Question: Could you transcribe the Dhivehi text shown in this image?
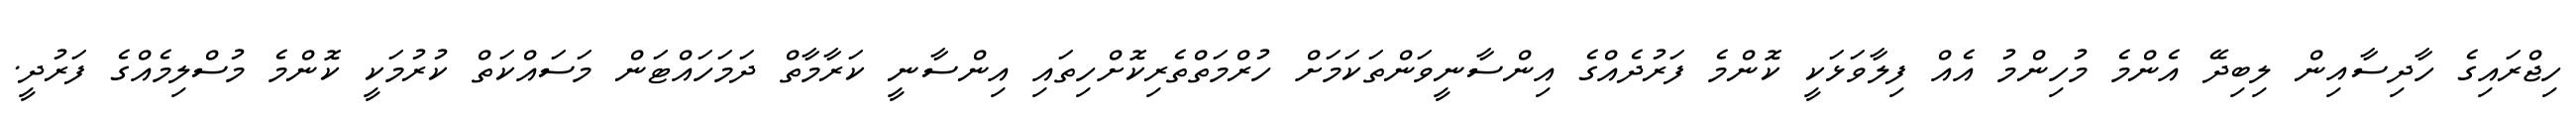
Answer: ހިޖްރައިގެ ހާދިސާއިން ލިބިދޭ އެންމެ މުހިންމު އެއް ފިލާވަޅަކީ ކޮންމެ ފަރުދެއްގެ އިންސާނީވަންތަކަމަށް ހުރްމަތްތެރިކޮށްހިތައި އިންސާނީ ކަރާމާތް ދަމަހައްޓަން މަސައްކަތް ކުރުމަކީ ކޮންމެ މުސްލިމެއްގެ ފަރުދީ.